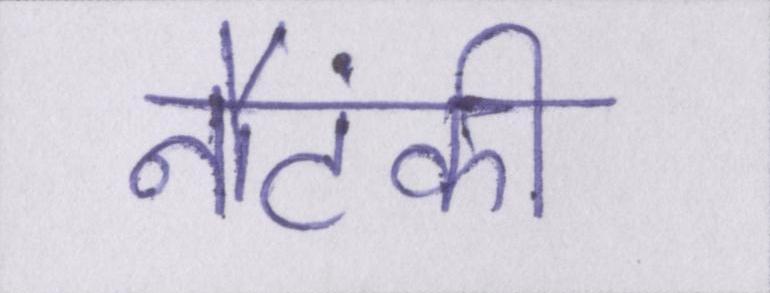
नौटंकी